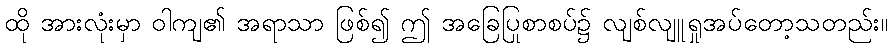
ထို အားလုံးမှာ ဝါကျ၏ အရာသာ ဖြစ်၍ ဤ အခြေပြုစာစပ်၌ လျစ်လျူရှုအပ်တော့သတည်း။